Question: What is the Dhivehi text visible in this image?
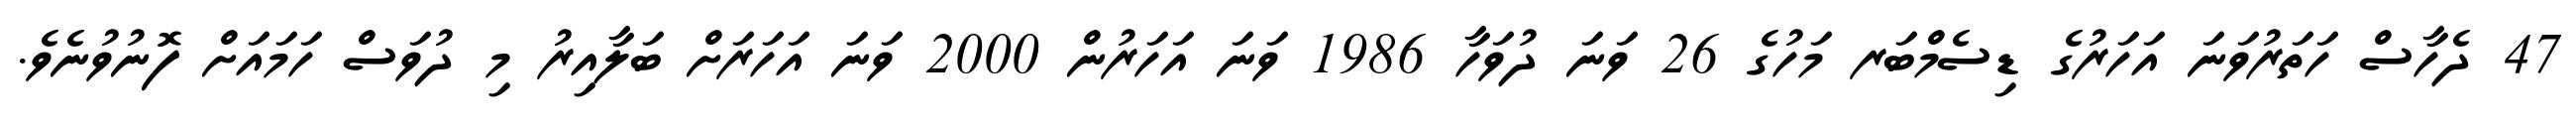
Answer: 47 ދެހާސް ހަތަރުވަނަ އަހަރުގެ ޑިސެމްބަރ މަހުގެ 26 ވަނަ ދުވަހާ 1986 ވަނަ އަހަރުން 2000 ވަނަ އަހަރަށް ބަލާއިރު މި ދުވަސް ހަމައަށް ފޮނުވުނެވެ.